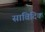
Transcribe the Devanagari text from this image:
सांविदिक